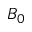
B _ { 0 }